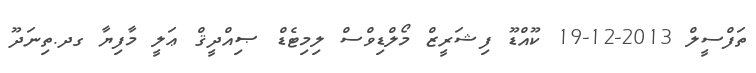
ތަފްސީލް 2013-12-19 ކޫއްޑޫ ފިޝަރީޒް މޯލްޑިވްސް ލިމިޓެޑް ޞިއްދީޤް ޢަލީ މާފިޔާ ގދ.ތިނަދޫ